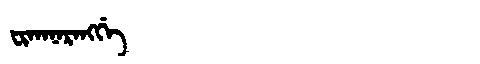
Manchu: ᠸᡳᡴᠠᠨᠠᡵᠠᠩᡤᡝ
Romanization: FIKANARANGGE